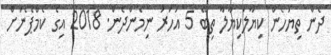
ދެން ތިޔަހެން ކިޔާލަކިޔާލާ ތިބޭ 5 އަހަރު ނިމެންދެން. 2018 އިގެ ކެމްޕޭނަށް